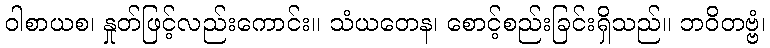
ဝါစာယစ၊ နှုတ်ဖြင့်လည်းကောင်း။ သံယတေန၊ စောင့်စည်းခြင်းရှိသည်။ ဘဝိတဗ္ဗံ၊